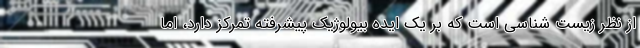
از نظر زیست شناسی است که بر یک ایده بیولوژیک پیشرفته تمرکز دارد، اما